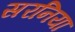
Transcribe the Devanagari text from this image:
सरनिया